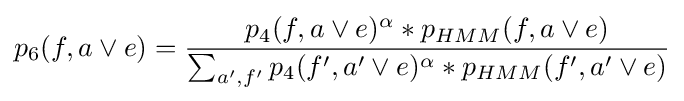
p_{6}(f,a\lor e)={\frac {p_{4}(f,a\lor e)^{\alpha }*p_{HMM}(f,a\lor e)}{\sum _{a',f'}p_{4}(f',a'\lor e)^{\alpha }*p_{HMM}(f',a'\lor e)}}